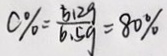
C \% = \frac { 5 1 2 9 } { 6 . 5 g } = 8 0 \%